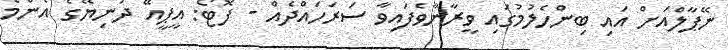
ނޭޕާލްއަށް އައި ބިންހެލުމުގައި ވީރާނާވެފައިވާ ސަރަހައްދެއް - ފޮޓޯ: އީޕީއޭ ދުނިޔޭގެ އެންމެ